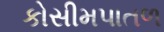
કોસીમપાતળ